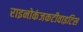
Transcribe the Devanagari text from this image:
राइनोकंजकटीवाइटिस